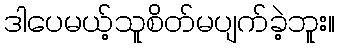
ဒါပေမယ့်သူစိတ်မပျက်ခဲ့ဘူး။